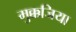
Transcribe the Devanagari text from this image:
मुक्कजिया